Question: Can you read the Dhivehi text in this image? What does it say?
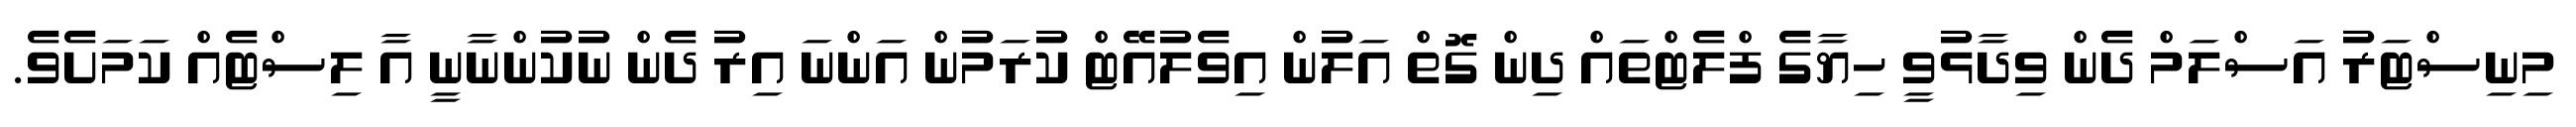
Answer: މިނިސްޓަރު އަސްލަމް ދެން ވިދާޅުވީ ހިޔާގެ ފްލެޓްތައް ދިން ގޮތް އަލުން އިވެލުއޭޓް ކުރަމުން އަންނަ އިރު ދެން ނުކުންނާނީ އާ ލިސްޓެއް ކަމަށެވެ.